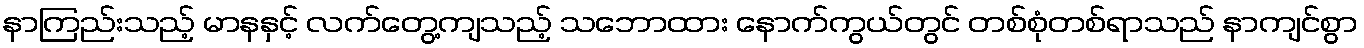
နာကြည်းသည့် မာနနှင့် လက်တွေ့ကျသည့် သဘောထား နောက်ကွယ်တွင် တစ်စုံတစ်ရာသည် နာကျင်စွာ